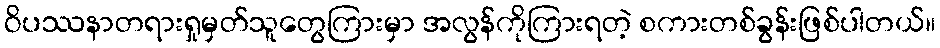
ဝိပဿနာတရားရှုမှတ်သူတွေကြားမှာ အလွန်ကိုကြားရတဲ့ စကားတစ်ခွန်းဖြစ်ပါတယ်။